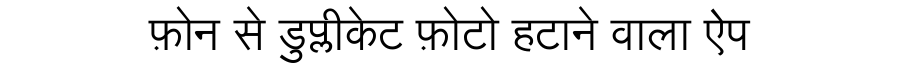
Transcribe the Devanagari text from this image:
फ़ोन से डुप्लीकेट फ़ोटो हटाने वाला ऐप